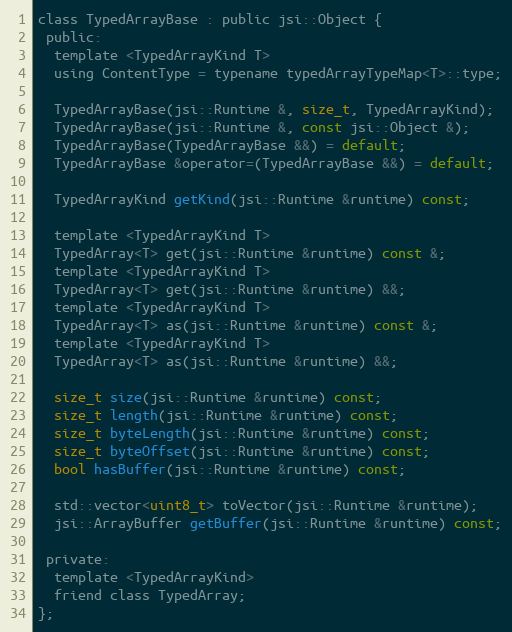
Language: C
class TypedArrayBase : public jsi::Object {
 public:
  template <TypedArrayKind T>
  using ContentType = typename typedArrayTypeMap<T>::type;

  TypedArrayBase(jsi::Runtime &, size_t, TypedArrayKind);
  TypedArrayBase(jsi::Runtime &, const jsi::Object &);
  TypedArrayBase(TypedArrayBase &&) = default;
  TypedArrayBase &operator=(TypedArrayBase &&) = default;

  TypedArrayKind getKind(jsi::Runtime &runtime) const;

  template <TypedArrayKind T>
  TypedArray<T> get(jsi::Runtime &runtime) const &;
  template <TypedArrayKind T>
  TypedArray<T> get(jsi::Runtime &runtime) &&;
  template <TypedArrayKind T>
  TypedArray<T> as(jsi::Runtime &runtime) const &;
  template <TypedArrayKind T>
  TypedArray<T> as(jsi::Runtime &runtime) &&;

  size_t size(jsi::Runtime &runtime) const;
  size_t length(jsi::Runtime &runtime) const;
  size_t byteLength(jsi::Runtime &runtime) const;
  size_t byteOffset(jsi::Runtime &runtime) const;
  bool hasBuffer(jsi::Runtime &runtime) const;

  std::vector<uint8_t> toVector(jsi::Runtime &runtime);
  jsi::ArrayBuffer getBuffer(jsi::Runtime &runtime) const;

 private:
  template <TypedArrayKind>
  friend class TypedArray;
};